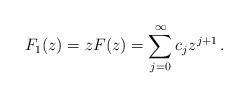
\begin{align*}F_1(z) = z F(z) = \sum_{j=0}^\infty c_j z^{j+1}\,.\end{align*}